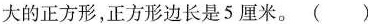
大的正方形，正方形边长是5厘米。（）